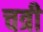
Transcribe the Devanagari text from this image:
चत्री